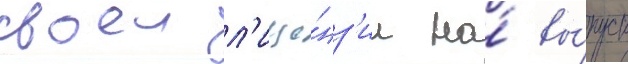
своеи л'ице́нз'ии на́ вы́пуск